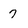
Character: 7